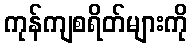
ကုန်ကျစရိတ်များကို